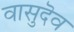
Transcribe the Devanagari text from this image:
वासुदॆव